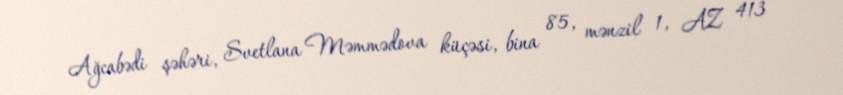
Ağcabədi şəhəri, Svetlana Məmmədova küçəsi, bina 85, mənzil 1, AZ 413